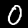
Label: 0